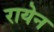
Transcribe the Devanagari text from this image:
रायेन